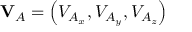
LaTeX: \mathbf { V } _ { A } = \left( V _ { A _ { x } } , V _ { A _ { y } } , V _ { A _ { z } } \right)